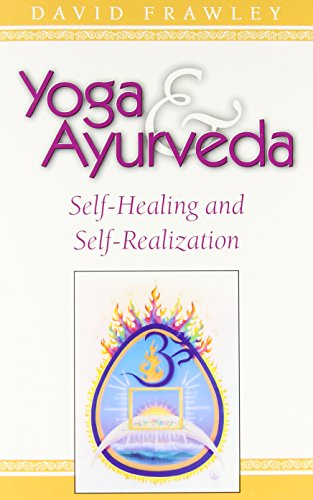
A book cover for Yoga & Ayurveda: Self-Healing and Self-Realization; David Dr. Frawley; Health, Fitness & Dieting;